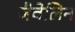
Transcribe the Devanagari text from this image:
जैवेलिन